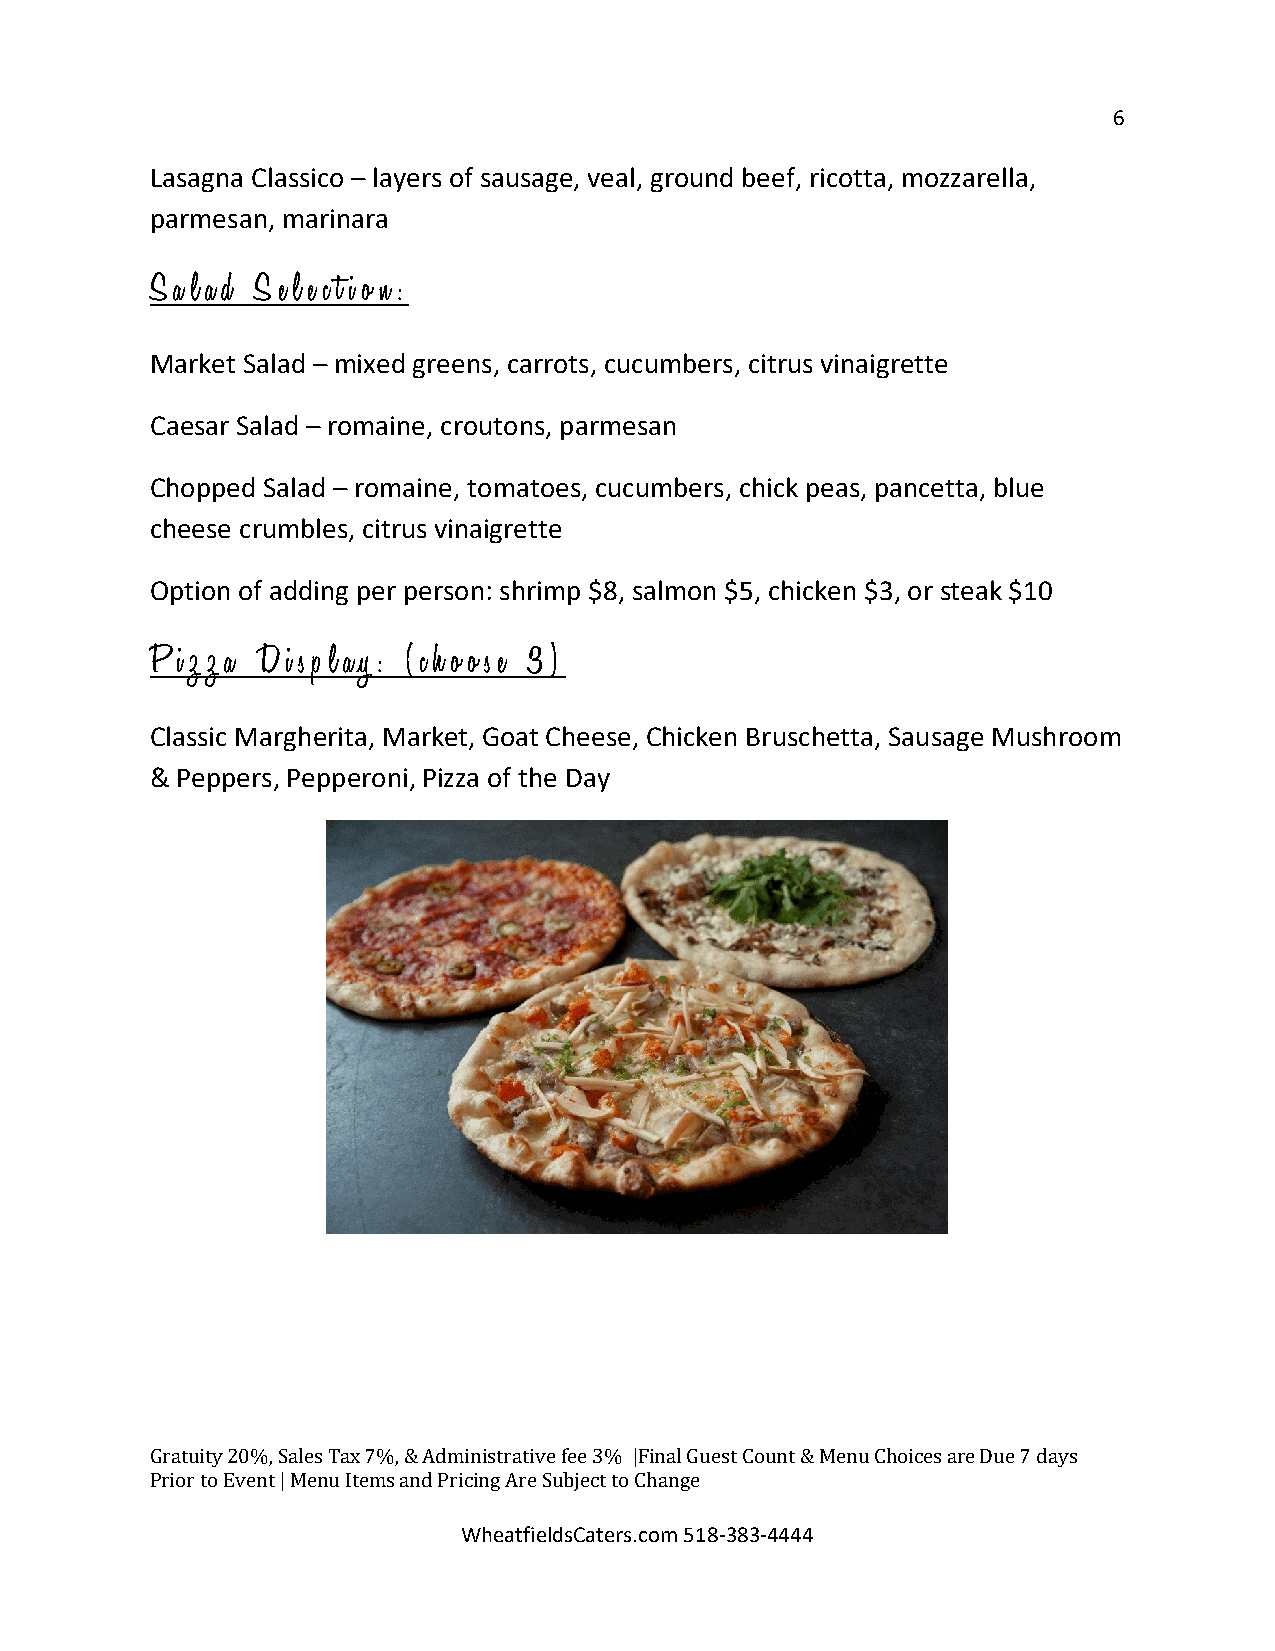
6
 Lasagna Classico – layers of sausage, veal, ground beef, ricotta, mozzarella,
 parmesan, marinara
 S a l a d S e l e c t i o n :
 Market Salad – mixed greens, carrots, cucumbers, citrus vinaigrette
 Caesar Salad – romaine, croutons, parmesan
 Chopped Salad – romaine, tomatoes, cucumbers, chick peas, pancetta, blue
 cheese crumbles, citrus vinaigrette
 Option of adding per person: shrimp $8, salmon $5, chicken $3, or steak $10
 P i z z a D i s p l a y : ( c h o o s e 3 )
 Classic Margherita, Market, Goat Cheese, Chicken Bruschetta, Sausage Mushroom
 & Peppers, Pepperoni, Pizza of the Day
 G ratuity 20%, Sales Tax 7%, & Administrative fee 3% |Final Guest Count & Menu Choices are Due 7 days
 Prior to Event | Menu Items and Pri Wcin hg
 e
 aA tr fe
 ie
 S ldub sCje ac tt
 e
 t ro
 s
 .C ch oa mn g 5e
 1 8 -383-4444